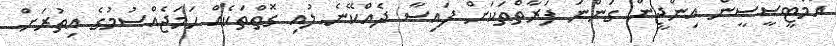
އެމްޓީސީސީން އިންޖީން ގަންނަ ފަރާތްތަކަށް ފައިސާ ދެއްކޭނެ ލުއި ގޮތްތަކެއް ހަަމަޖެއްސުމުގެ އިތުރަށް